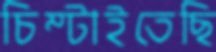
চিম্‌টাইতেছি